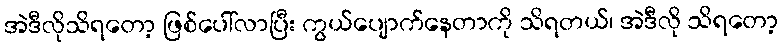
အဲဒီလိုသိရတော့ ဖြစ်ပေါ်လာပြီး ကွယ်ပျောက်နေတာကို သိရတယ်၊ အဲဒီလို သိရတော့